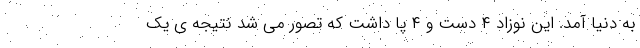
به دنیا آمد. این نوزاد ۴ دست و ۴ پا داشت که تصور می شد نتیجه ی یک